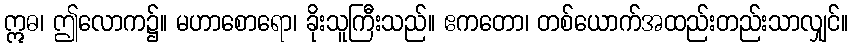
ဣဓ၊ ဤလောက၌။ မဟာစောရော၊ ခိုးသူကြီးသည်။ ဧကတော၊ တစ်ယောက်အထည်းတည်းသာလျှင်။